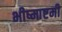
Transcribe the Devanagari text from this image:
भीष्माष्टमी